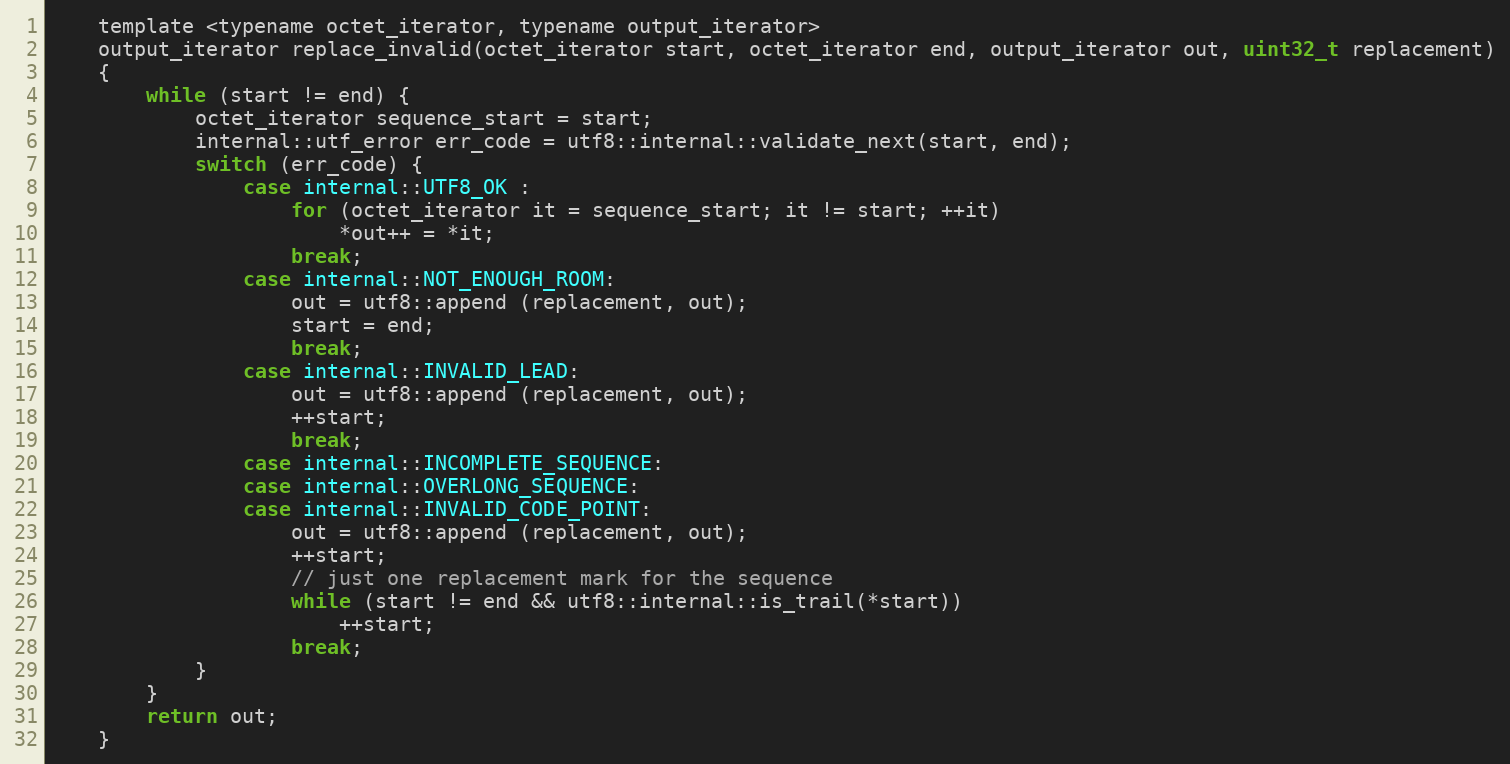
Language: C
    template <typename octet_iterator, typename output_iterator>
    output_iterator replace_invalid(octet_iterator start, octet_iterator end, output_iterator out, uint32_t replacement)
    {
        while (start != end) {
            octet_iterator sequence_start = start;
            internal::utf_error err_code = utf8::internal::validate_next(start, end);
            switch (err_code) {
                case internal::UTF8_OK :
                    for (octet_iterator it = sequence_start; it != start; ++it)
                        *out++ = *it;
                    break;
                case internal::NOT_ENOUGH_ROOM:
                    out = utf8::append (replacement, out);
                    start = end;
                    break;
                case internal::INVALID_LEAD:
                    out = utf8::append (replacement, out);
                    ++start;
                    break;
                case internal::INCOMPLETE_SEQUENCE:
                case internal::OVERLONG_SEQUENCE:
                case internal::INVALID_CODE_POINT:
                    out = utf8::append (replacement, out);
                    ++start;
                    // just one replacement mark for the sequence
                    while (start != end && utf8::internal::is_trail(*start))
                        ++start;
                    break;
            }
        }
        return out;
    }